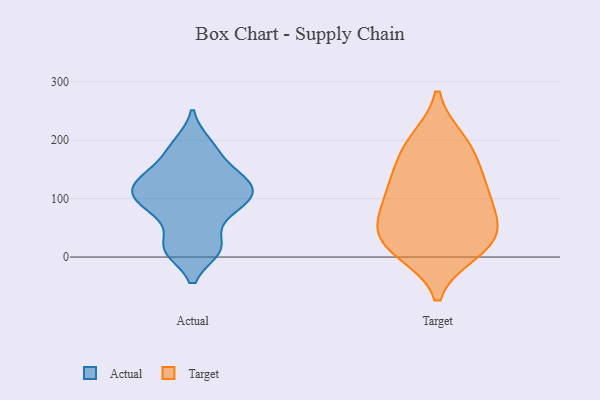
{"axis": {"x": "Backlog", "y": "Value"}, "legend": ["Actual", "Target"], "data": [{"x": "", "y": 181, "type": "Actual"}, {"x": "", "y": 13, "type": "Actual"}, {"x": "", "y": 115, "type": "Actual"}, {"x": "", "y": 105, "type": "Actual"}, {"x": "", "y": 194, "type": "Actual"}, {"x": "", "y": 75, "type": "Actual"}, {"x": "", "y": 129, "type": "Actual"}, {"x": "", "y": 75, "type": "Actual"}, {"x": "", "y": 15, "type": "Actual"}, {"x": "", "y": 146, "type": "Actual"}, {"x": "", "y": 137, "type": "Actual"}, {"x": "", "y": 101, "type": "Actual"}, {"x": "", "y": 109, "type": "Actual"}, {"x": "", "y": 16, "type": "Actual"}, {"x": "", "y": 167, "type": "Target"}, {"x": "", "y": 29, "type": "Target"}, {"x": "", "y": 199, "type": "Target"}, {"x": "", "y": 24, "type": "Target"}, {"x": "", "y": 131, "type": "Target"}, {"x": "", "y": 49, "type": "Target"}, {"x": "", "y": 121, "type": "Target"}, {"x": "", "y": 21, "type": "Target"}, {"x": "", "y": 76, "type": "Target"}, {"x": "", "y": 109, "type": "Target"}, {"x": "", "y": 10, "type": "Target"}, {"x": "", "y": 74, "type": "Target"}, {"x": "", "y": 194, "type": "Target"}]}